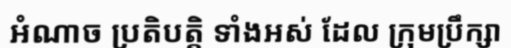
អំណាច ប្រតិបត្តិ ទាំងអស់ ដែល ក្រុមប្រឹក្សា